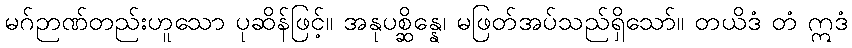
မဂ်ဉာဏ်တည်းဟူသော ပုဆိန်ဖြင့်။ အနုပစ္ဆိန္နေ၊ မဖြတ်အပ်သည်ရှိသော်။ တယိဒံ တံ ဣဒံ